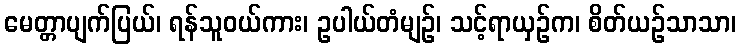
မေတ္တာပျက်ပြယ်၊ ရန်သူဝယ်ကား၊ ဥပါယ်တံမျဉ်၊ သင့်ရာယှဉ်က၊ စိတ်ယဉ်သာသာ၊